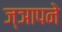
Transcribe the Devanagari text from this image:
ज्ञापने